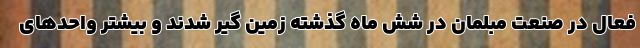
فعال در صنعت مبلمان در شش ماه گذشته زمین گیر شدند و بیشتر واحدهای